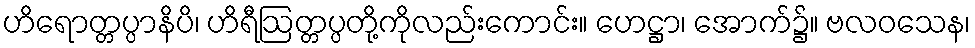
ဟိရောတ္တပ္ပာနိပိ၊ ဟိရီဩတ္တပ္ပတို့ကိုလည်းကောင်း။ ဟေဋ္ဌာ၊ အောက်၌။ ဗလဝသေန၊